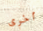
أخرى